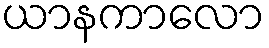
ယာနကာလော